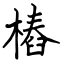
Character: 樁